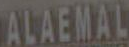
ALAEMAL